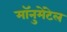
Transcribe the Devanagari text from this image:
मॉनुमेंटेल